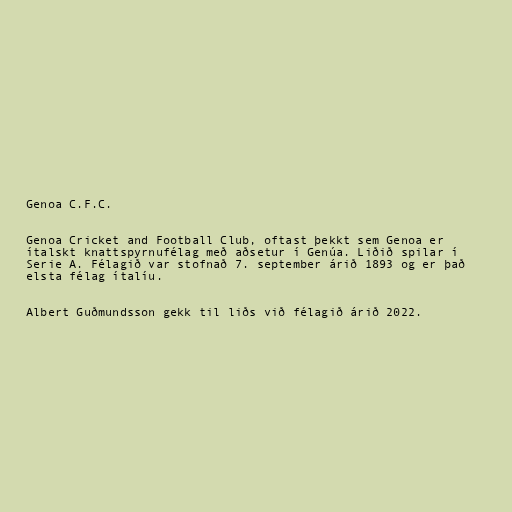
Genoa C.F.C.

Genoa Cricket and Football Club, oftast þekkt sem Genoa er
ítalskt knattspyrnufélag með aðsetur í Genúa. Liðið spilar í
Serie A. Félagið var stofnað 7. september árið 1893 og er það
elsta félag ítalíu.

Albert Guðmundsson gekk til liðs við félagið árið 2022.